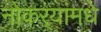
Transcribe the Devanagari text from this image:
नोकर्‍यांमधे